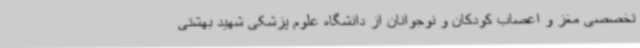
تخصصی مغز و اعصاب کودکان و نوجوانان از دانشگاه علوم پزشکی شهید بهشتی